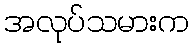
အလုပ်သမားက